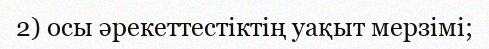
2) осы әрекеттестіктің уақыт мерзімі;